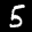
Label: 5